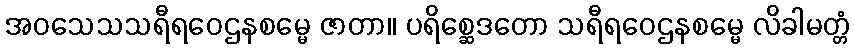
အဝသေသသရီရဝေဌနစမ္မေ ဇာတာ။ ပရိစ္ဆေဒတော သရီရဝေဌနစမ္မေ လိခါမတ္တံ